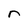
Character: r